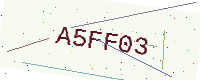
Text: A5FF03